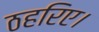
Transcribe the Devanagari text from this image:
ठहरिए।